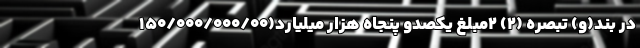
در بند(و) تبصره (۲) ۲مبلغ یکصدو پنجاه هزار میلیارد(۱۵۰/۰۰۰/۰۰۰/۰۰